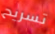
تسريح